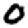
Digit: 0